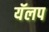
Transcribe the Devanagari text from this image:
यॅलप